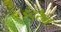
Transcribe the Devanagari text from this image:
इंदुरैन